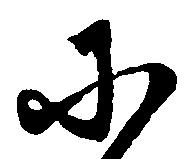
に